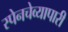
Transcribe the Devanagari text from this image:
स्पेनचेव्यापारी